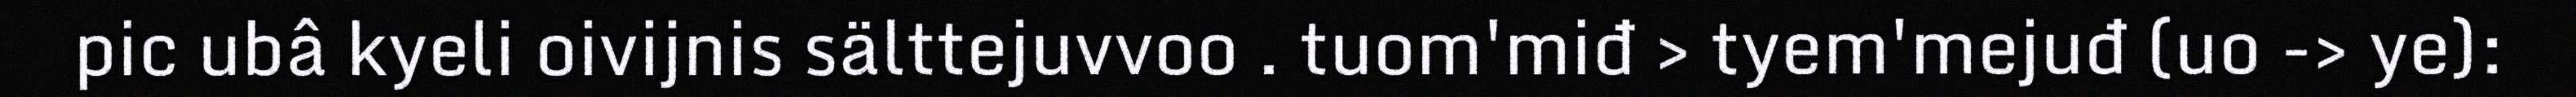
pic ubâ kyeli oivijnis sälttejuvvoo . tuom'miđ > tyem'mejuđ (uo -> ye):